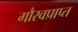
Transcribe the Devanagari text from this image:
गौरवप्राप्त